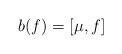
LaTeX: \begin{align*} b(f)=[\mu, f]\end{align*}